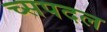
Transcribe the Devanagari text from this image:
च्सपदल